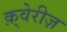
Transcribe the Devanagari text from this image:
क़्वेरीज़